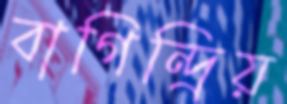
বাগিন্দ্রিয়